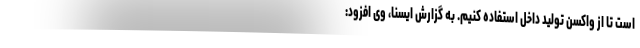
است تا از واکسن تولید داخل استفاده کنیم. به گزارش ایسنا، وی افزود: